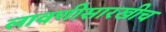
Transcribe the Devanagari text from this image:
लावणीसारखीच